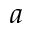
a